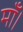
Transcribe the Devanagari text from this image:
माँ।